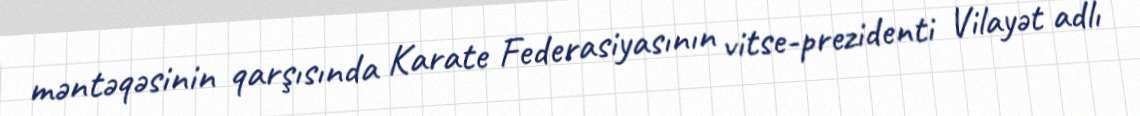
məntəqəsinin qarşısında Karate Federasiyasının vitse-prezidenti Vilayət adlı